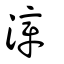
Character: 漳